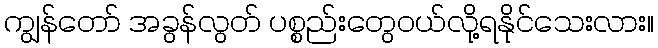
ကျွန်တော် အခွန်လွတ် ပစ္စည်းတွေဝယ်လို့ရနိုင်သေးလား။